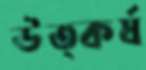
উত্কর্ষ